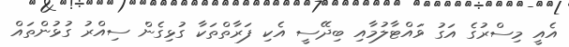
އެއީ މިސްރުގެ އަގު ވައްޓާލުމާއި ބިދޭސީ އެކި ފަރާތްތަކާ ގުޅިގެން ސިއްރު ގުޅުންތައް